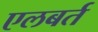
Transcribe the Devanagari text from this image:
एलबर्त